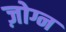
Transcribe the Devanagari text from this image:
ज़ोग्न